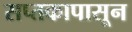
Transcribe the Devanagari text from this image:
सप्तकापासून